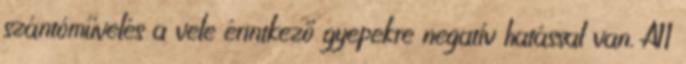
szántóművelés a vele érintkező gyepekre negatív hatással van. A11